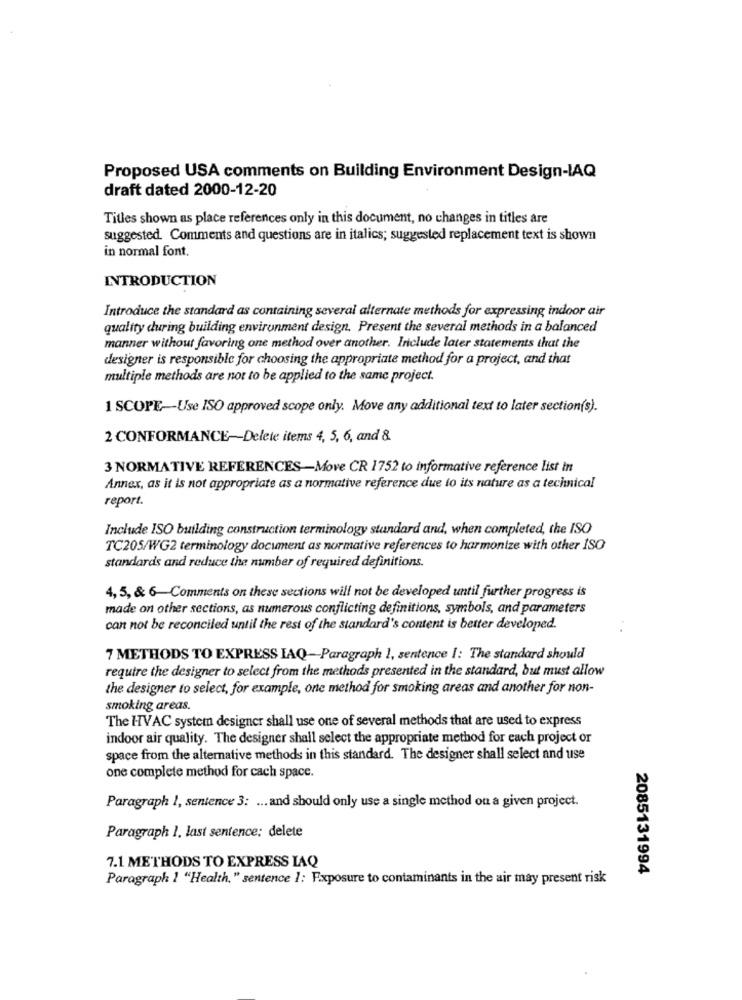
Proposed USA comments on Building Environment Design-IAQ
draft dated 2000-12-20
Titles shown as place references only in this document, no changes in titles are
suggested. Comments and questions are in italics; suggested replacement text is shown
in normal font.
INTRODUCTION
Introduce the standard as containing several alternate methods for expressing indoor air
quality during building environment design. Present the several methods in a balanced
manner without favoring one method over another. Include later statements that the
designer is responsible for choosing the appropriate method for a project, and that
multiple methods are not to be applied to the same project.
1 SCOPE-Use ISO approved scope only. Move any additional text to later section(s).
2 CONFORMANCE-Delete items 4, 5, 6, and &
3 NORMATIVE REFERENCES-Move CR 1752 to informative reference list in
Annex, as it is not appropriate as a normative reference due to its nature as a technical
report.
Include ISO building construction terminology standard and, when completed, the ISO
TC205/WG2 terminology document as normative references to harmonize with other ISO
standards and reduce the number of required definitions.
4, 5, & 6-Comments on these sections will not be developed until further progress is
made on other sections, as numerous conflicting definitions, symbols, and parameters
can not be reconciled until the rest of the standard's content is better developed.
7 METHODS TO EXPRESS IAQ-Paragraph 1, sentence I: The standard should
require the designer to select from the methods presented in the standard, but must allow
the designer to select, for example, one method for smoking areas and another for non-
smoking areas.
The HVAC system designer shall use one of several methods that are used to express
indoor air quality. The designer shall select the appropriate method for each project or
space from the alternative methods in this standard. The designer shall select and use
one complete method for cach space.
Paragraph 1, sentence 3: ... and should only use a single method on a given project.
Paragraph 1. last sentence; delete
7.1 METHODS TO EXPRESS LAQ
2085131994
Paragraph 1 "Health," sentence 1: Exposure to contaminants in the air may present risk